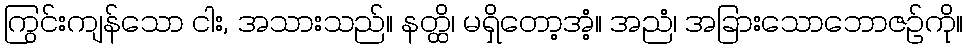
ကြွင်းကျန်သော ငါး, အသားသည်။ နတ္ထိ၊ မရှိတော့အံ့။ အညံ၊ အခြားသောဘောဇဉ်ကို။